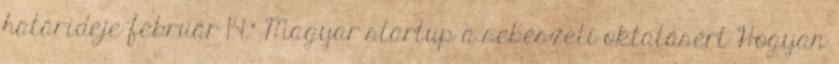
határideje február 14." Magyar startup a sebészeti oktatásért Hogyan